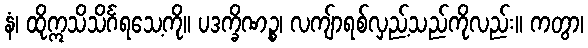
နံ၊ ထိုဣသိသိင်္ဂရသေ့ကို။ ပဒက္ခိဏဉ္စ၊ လကျ်ာရစ်လှည့်သည်ကိုလည်း။ ကတွာ၊